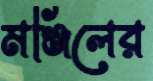
মঞ্জিলের